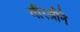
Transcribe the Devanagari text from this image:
वीरश्रीने